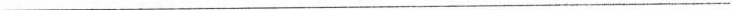
___